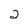
Character: 2